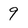
Character: 9